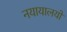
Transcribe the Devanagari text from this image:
नयायालयों